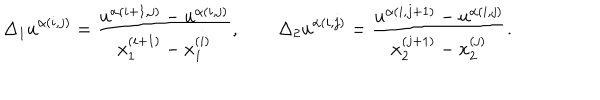
LaTeX: { \Delta _ { 1 } u } ^ { \alpha ( i , j ) } = \frac { u ^ { \alpha ( i + 1 , j ) } - u ^ { \alpha ( i , j ) } } { x _ { 1 } ^ { ( i + 1 ) } - x _ { 1 } ^ { ( i ) } } , \qquad { \Delta _ { 2 } u } ^ { \alpha ( i , j ) } = \frac { u ^ { \alpha ( i , j + 1 ) } - u ^ { \alpha ( i , j ) } } { x _ { 2 } ^ { ( j + 1 ) } - x _ { 2 } ^ { ( j ) } } .